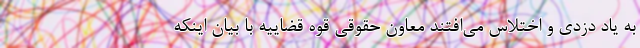
به یاد دزدی و اختلاس می‌افتند معاون حقوقی قوه قضاییه با بیان اینکه